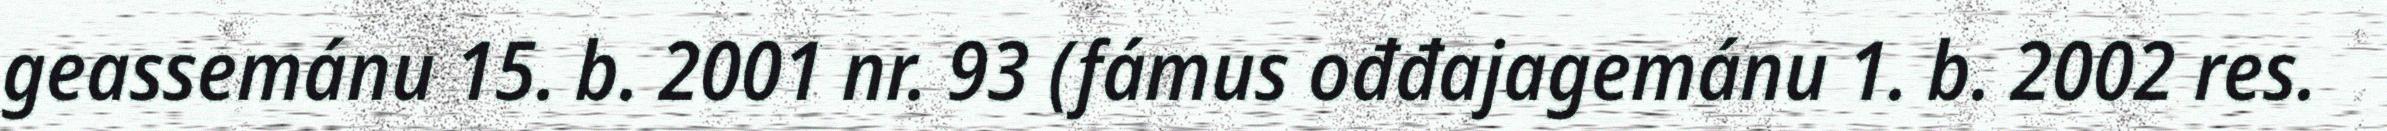
geassemánu 15. b. 2001 nr. 93 (fámus ođđajagemánu 1. b. 2002 res.